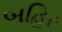
બહિર